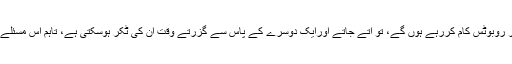
اب خدشہ یہ پیدا ہوتا ہے کہ جب ایک فلور پر ایک ہزار روبوٹس کام کررہے ہوں گے، تو آتے جاتے اورایک دوسرے کے پاس سے گزرتے وقت ان کی ٹکر ہوسکتی ہے، تاہم اس مسئلے کے حل کے لیے ان روبوٹس میں سینسر لگایا گیا ہے۔